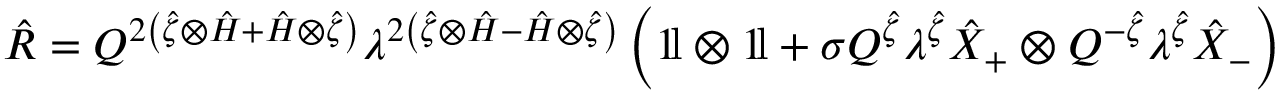
\hat { \cal R } = Q ^ { 2 \left( \hat { \zeta } \otimes \hat { H } + \hat { H } \otimes \hat { \zeta } \right) } \lambda ^ { 2 \left( \hat { \zeta } \otimes \hat { H } - \hat { H } \otimes \hat { \zeta } \right) } \left( 1 \! \mathrm { l } \otimes 1 \! \mathrm { l } + \sigma Q ^ { \hat { \zeta } } \lambda ^ { \hat { \zeta } } \hat { X } _ { + } \otimes Q ^ { - \hat { \zeta } } \lambda ^ { \hat { \zeta } } \hat { X } _ { - } \right)